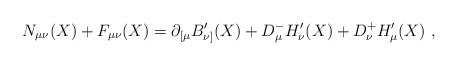
\begin{align*}N_{\mu\nu}(X)+F_{\mu\nu}(X)=\partial_{[\mu}B'_{\nu]}(X)+D_\mu^- H'_\nu(X) +D_\nu^+ H'_\mu(X)\ ,\end{align*}